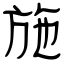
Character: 施